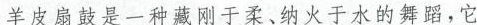
羊皮扇鼓是一种藏刚于柔、纳火于水的舞蹈，它